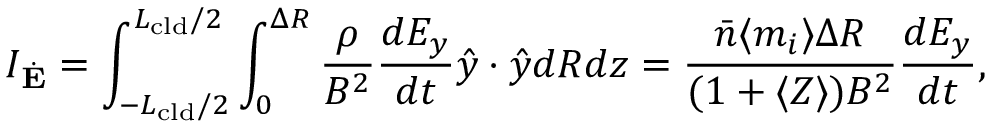
I _ { \dot { \mathbf { E } } } = \int _ { - L _ { \mathrm { c l d } } / 2 } ^ { L _ { \mathrm { c l d } } / 2 } \int _ { 0 } ^ { \Delta R } \frac { \rho } { B ^ { 2 } } \frac { d E _ { y } } { d t } \hat { y } \cdot \hat { y } d R d z = \frac { \bar { n } \langle m _ { i } \rangle \Delta R } { ( 1 + \langle Z \rangle ) B ^ { 2 } } \frac { d E _ { y } } { d t } ,